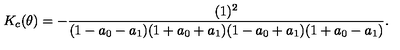
K _ { c } ( \theta ) = - \frac { ( 1 ) ^ { 2 } } { ( 1 - a _ { 0 } - a _ { 1 } ) ( 1 + a _ { 0 } + a _ { 1 } ) ( 1 - a _ { 0 } + a _ { 1 } ) ( 1 + a _ { 0 } - a _ { 1 } ) } .